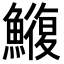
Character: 𮬑